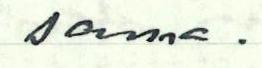
sama.